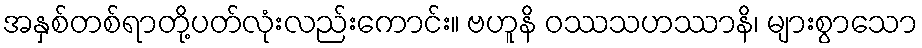
အနှစ်တစ်ရာတို့ပတ်လုံးလည်းကောင်း။ ဗဟူနိ ဝဿသဟဿာနိ၊ များစွာသော